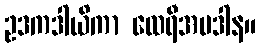
ဥဒကဒါယိကာ ထေရီအပဒါန။